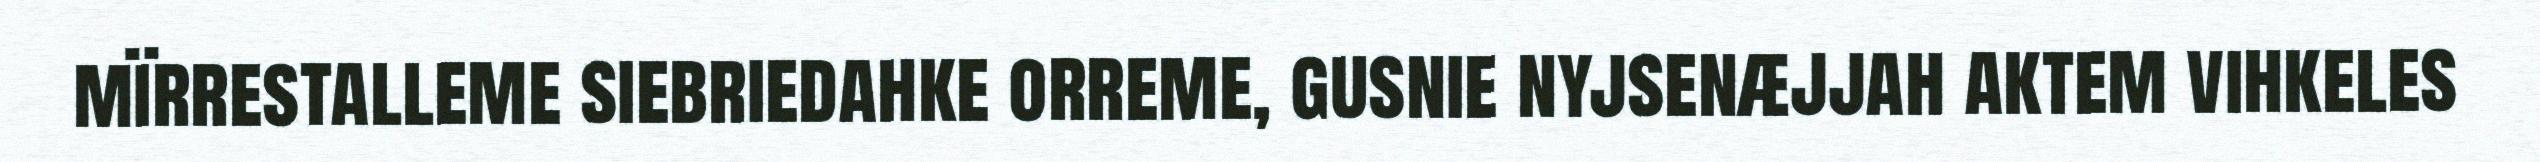
mïrrestalleme siebriedahke orreme, gusnie nyjsenæjjah aktem vihkeles